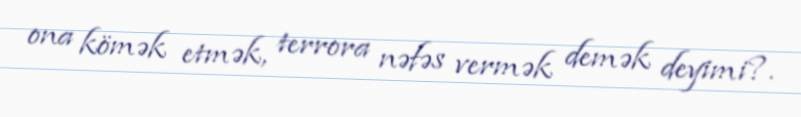
ona kömək etmək, terrora nəfəs vermək demək deyimi?.